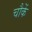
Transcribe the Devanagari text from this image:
चौकें